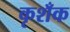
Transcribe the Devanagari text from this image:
कृशँक